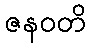
ဇနဝတိ